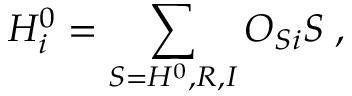
H _ { i } ^ { 0 } = \sum _ { S = H ^ { 0 } , R , I } O _ { S i } S \; ,